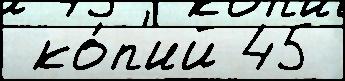
 ко́п'ий 45